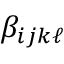
\beta _ { i j k \ell }